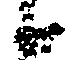
候